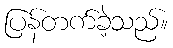
ပြန်တက်ခဲ့သည်။